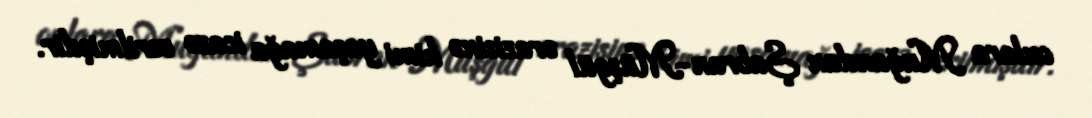
onlara Muğandan Şabran-Müşgül ərazisinə kimi yaşamağa icazə verilmişdir.